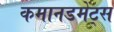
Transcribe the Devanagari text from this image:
कमानडमेंट्स